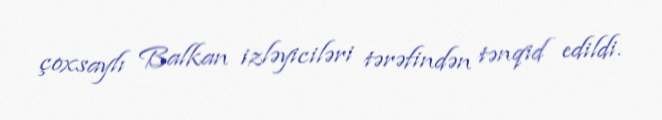
çoxsaylı Balkan izləyiciləri tərəfindən tənqid edildi.